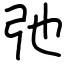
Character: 弛